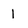
Character: 1